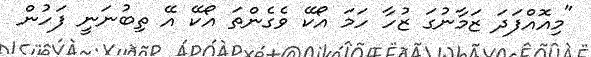
"މިއޮއްފަދަ ޒަމާނުގަ ޒުހާ ހަމަ އޯކޭ ވެގެންތަ އޯކޭ އޭ ތިބުނަނީ ފަހުން